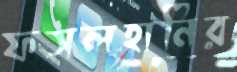
ফসলহানির